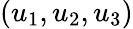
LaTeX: \left(u_{1},u_{2},u_{3}\right)